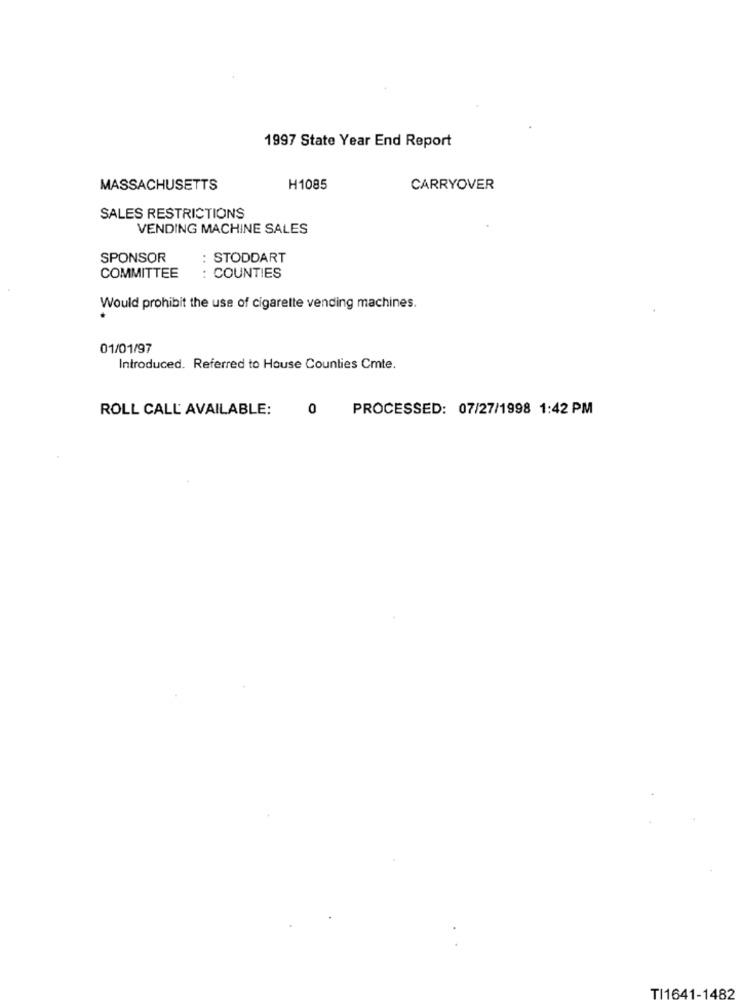
1997 State Year End Report
MASSACHUSETTS
H1085
CARRYOVER
SALES RESTRICTIONS
VENDING MACHINE SALES
SPONSOR
: STODDART
COMMITTEE
: COUNTIES
Would prohibit the use of cigarette vending machines.
01/01/97
Introduced. Referred to House Counties Cmte.
ROLL CALL AVAILABLE:
0
PROCESSED: 07/27/1998 1:42 PM
TI1641-1482